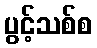
ပွင့်သစ်စ